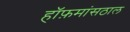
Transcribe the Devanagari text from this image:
हॉफ़मांसठाल